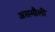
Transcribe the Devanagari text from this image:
असमौली